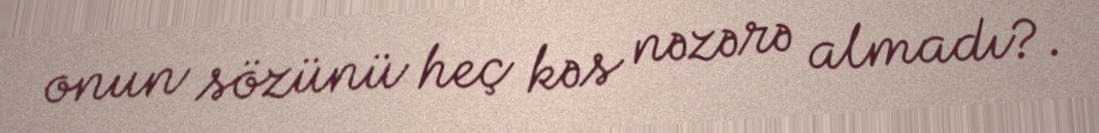
onun sözünü heç kəs nəzərə almadı?.